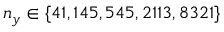
n _ { y } \in \{ 4 1 , 1 4 5 , 5 4 5 , 2 1 1 3 , 8 3 2 1 \}